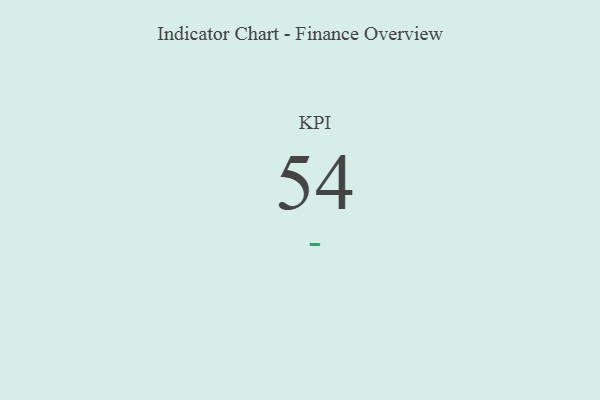
{"axis": {"x": "KPI", "y": "Value"}, "legend": [""], "data": [{"x": "KPI", "y": 54, "type": ""}]}